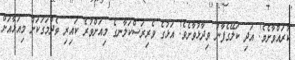
ކުރައްވާށެވެ! އަދި ކަލޭގެފާނު ވިދާޅުވާށެވެ! އަޅުގެ ވެރިރަސްކަލާނގެ މިއަށްވުރެ ކައިރި ތެދުމަގަކަށް މިއަޅާއަށް